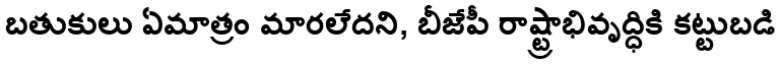
బతుకులు ఏమాత్రం మారలేదని, బీజేపీ రాష్ట్రాభివృద్ధికి కట్టుబడి